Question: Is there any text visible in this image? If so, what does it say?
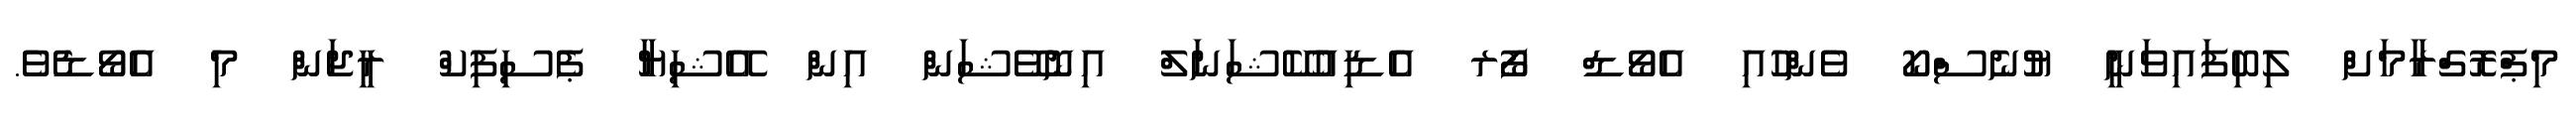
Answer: މިޕްރޮގްރާމަށް ލިބިފައިވަނީ ޔުނެސްކޯ ވެންހުއި އެވޯޑް ފޯރ އެޑިއުކޭޝަނަލް އިނޮވޭޝަން އިން އޭޝިޔާ ޕެސިފިކް ރީޖަން މި އެވޯޑެވެ.